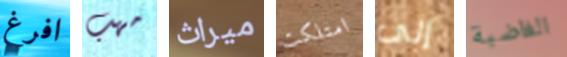
افرغ مهب ميراث امتلكت إلى الغاضبة